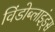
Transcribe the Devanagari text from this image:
विंडोब्लाइंड्स